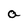
Character: a